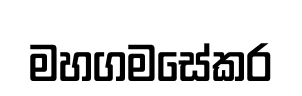
මහගමසේකර